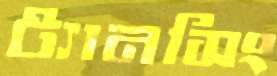
ট্যানসিং